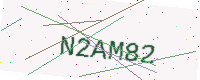
Text: N2AM82